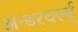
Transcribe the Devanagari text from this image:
अन्डरवर्ल्ड्